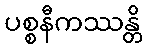
ပစ္စနီကဿန္တိ